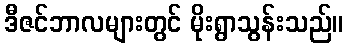
ဒီဇင်ဘာလများတွင် မိုးရွာသွန်းသည်။